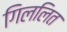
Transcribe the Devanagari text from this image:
गिललित